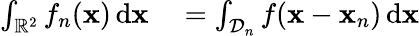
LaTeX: \begin{array}{rl}{\int_{\mathbb{R}^{2}}f_{n}(\mathbf{x})\, \mathrm{d}\mathbf{x}}&{{}=\int_{\mathcal{D}_{n}}f(\mathbf{x}-\mathbf{x}_{n})\, \mathrm{d}\mathbf{x}}\end{array}